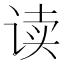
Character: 读